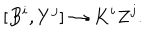
LaTeX: [ B ^ { i } , Y ^ { j } ] \rightarrow K ^ { i } Z ^ { j } .